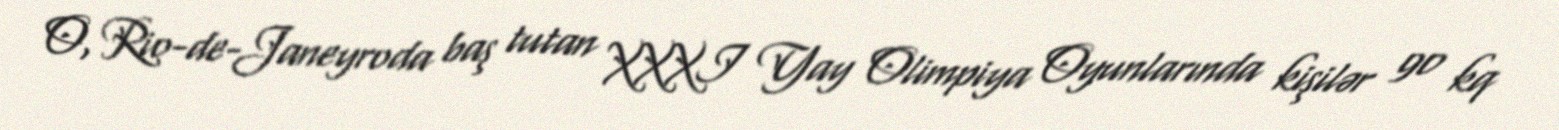
O, Rio-de-Janeyroda baş tutan XXXI Yay Olimpiya Oyunlarında kişilər 90 kq